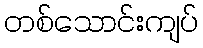
တစ်သောင်းကျပ်